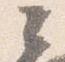
々